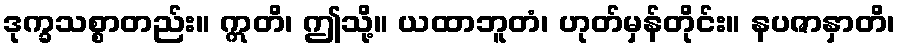
ဒုက္ခသစ္စာတည်း။ ဣတိ၊ ဤသို့။ ယထာဘူတံ၊ ဟုတ်မှန်တိုင်း။ နပဇာနှာတိ၊